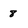
Character: 8